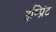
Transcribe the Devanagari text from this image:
इम्‍प्रिंट